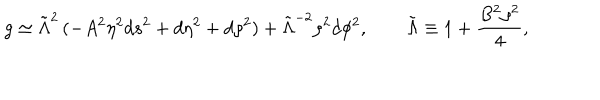
g \simeq \tilde { \Lambda } ^ { 2 } \, ( - A ^ { 2 } \eta ^ { 2 } d s ^ { 2 } + d \eta ^ { 2 } + d \rho ^ { 2 } ) + \tilde { \Lambda } ^ { - 2 } \rho ^ { 2 } d \phi ^ { 2 } , \qquad \tilde { \Lambda } \equiv 1 + \frac { B ^ { 2 } \rho ^ { 2 } } { 4 } ,